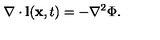
\nabla \cdot { \bf l } ( { \bf x } , t ) = - \nabla ^ { 2 } \Phi .